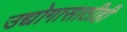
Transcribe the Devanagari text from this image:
उद्योगासाठीही